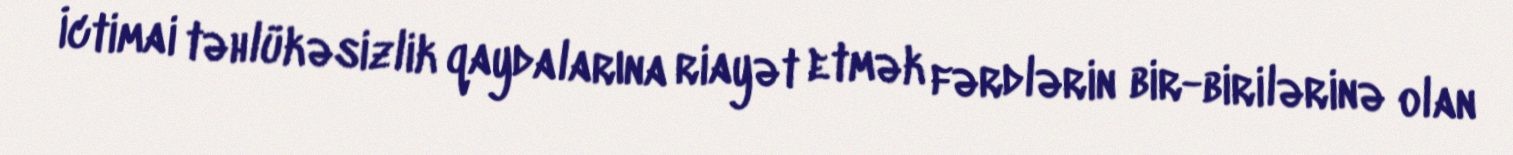
İctimai təhlükəsizlik qaydalarına riayət etmək fərdlərin bir-birilərinə olan